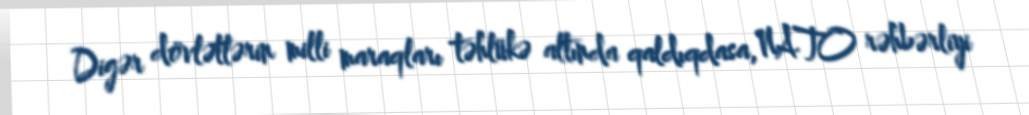
Digər dövlətlərin milli maraqları təhlükə altında qaldıqdasa, NATO rəhbərliyi